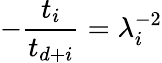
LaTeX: -{\frac{t_{i}}{t_{d+i}}}=\lambda_{i}^{-2}